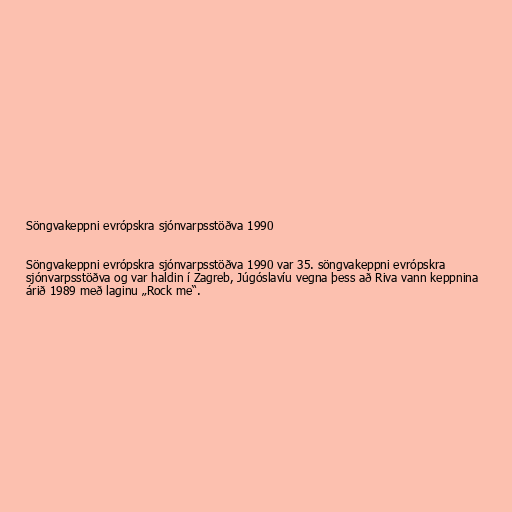
Söngvakeppni evrópskra sjónvarpsstöðva 1990

Söngvakeppni evrópskra sjónvarpsstöðva 1990 var 35. söngvakeppni evrópskra
sjónvarpsstöðva og var haldin í Zagreb, Júgóslavíu vegna þess að Riva vann keppnina
árið 1989 með laginu „Rock me“.